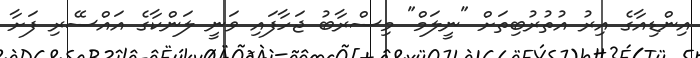
އިންޑިއާގެ އިރު އުތުރުބިތަށް "ނީލަމް" މިސްރާބު ޖަހާފައި ވަނީ ލަންކާގެ އައްސޭރި ފަށާ